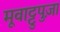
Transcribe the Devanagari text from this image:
मूवाट्टुपुज़ा